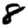
Digit: 8